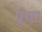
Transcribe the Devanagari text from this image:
पुचा